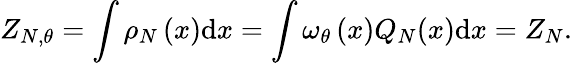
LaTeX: Z_{N,\theta}=\int\rho_{N}\left(x\right)\mathrm{d}x=\int\omega_{\theta}\left(x\right)Q_{N}(x)\mathrm{d}x=Z_{N}.